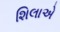
શિલાએ